画像に写った文字を読んでください
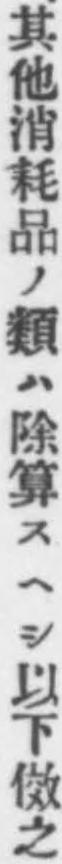
「其他消耗品ノ類ハ除算スヘシ以下傚之」と書いてあります